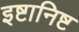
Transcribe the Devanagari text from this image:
इष्टानिष्ट